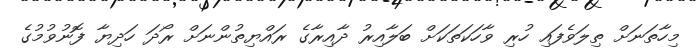
މިހާތަނަށް ތިލަވެފައި ހުރި ވާހަކަތަކަށް ބަލާއިރު ދާއިރާގެ ރައްޔިތުންނަށް ރޯދަ ހަދިޔާ ފޮނުވުމުގެ